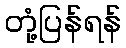
တုံ့ပြန်ရန်